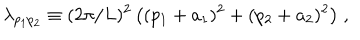
\lambda _ { p _ { 1 } p _ { 2 } } \equiv ( 2 \pi / L ) ^ { 2 } \, \big ( ( p _ { 1 } + a _ { 1 } ) ^ { 2 } + ( p _ { 2 } + a _ { 2 } ) ^ { 2 } \big ) \; ,